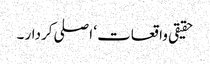
حقیقی واقعات ‘ اصلی کردار ۔